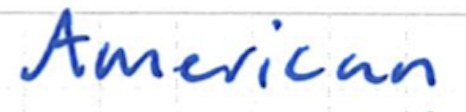
Text: American
Cross-out: clean
Writing tool: ballpoint